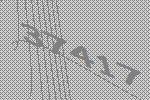
37417